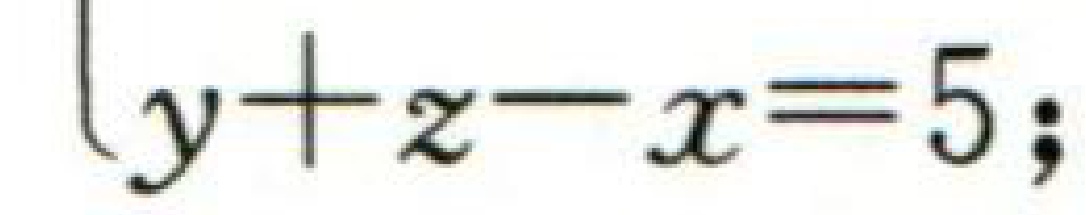
$y + z - x = 5;$